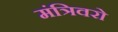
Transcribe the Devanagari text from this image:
मंत्रिवरो